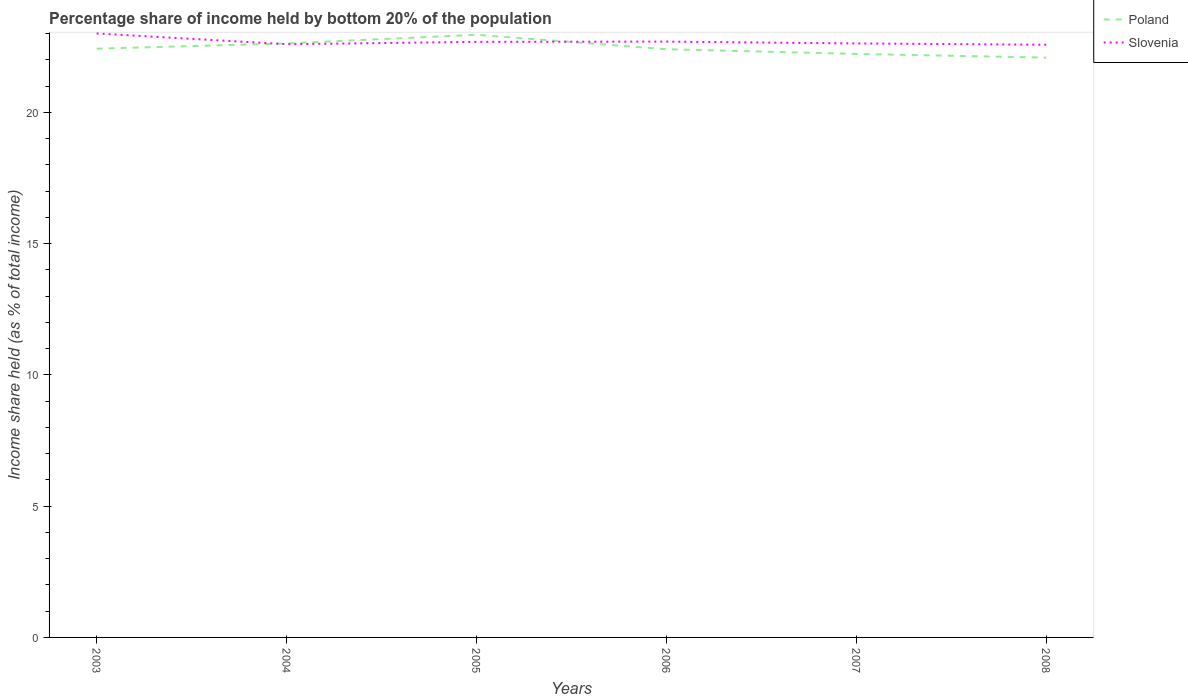
| Years | Poland | Slovenia |
 | --- | --- | --- |
 | 2003 | 22.4 | 23 |
 | 2004 | 22.6 | 22.6 |
 | 2005 | 23 | 22.7 |
 | 2006 | 22.4 | 22.7 |
 | 2007 | 22.2 | 22.6 |
 | 2008 | 22.1 | 22.6 |